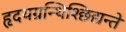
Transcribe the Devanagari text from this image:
हृदयग्रन्थिश्छिद्यन्ते